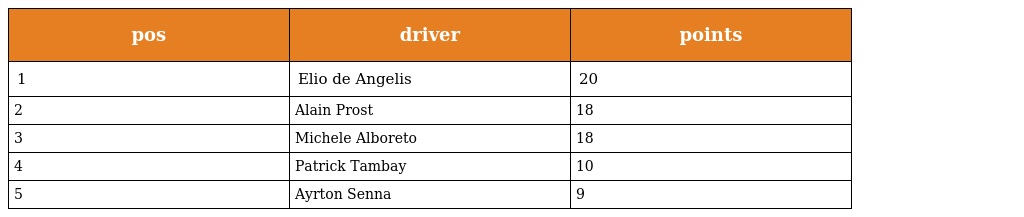
| pos | driver | points |
 | --- | --- | --- |
 | 1 | Elio de Angelis | 20 |
 | 2 | Alain Prost | 18 |
 | 3 | Michele Alboreto | 18 |
 | 4 | Patrick Tambay | 10 |
 | 5 | Ayrton Senna | 9 |